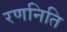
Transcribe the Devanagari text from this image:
रणनिति